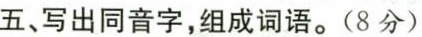
五、写出同音字，组成词语。(8分)